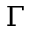
\Gamma